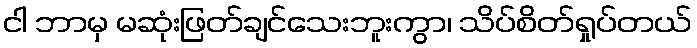
ငါ ဘာမှ မဆုံးဖြတ်ချင်သေးဘူးကွာ၊ သိပ်စိတ်ရှုပ်တယ်